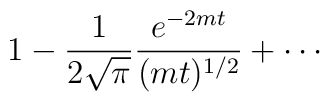
1 -\frac{1}{2 \sqrt{\pi}} \frac{e^{-2 m t}}{(mt)^{1/2}}+ \cdots